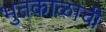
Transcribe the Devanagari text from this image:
भुतकाळाची